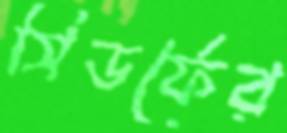
সিডর্ফের